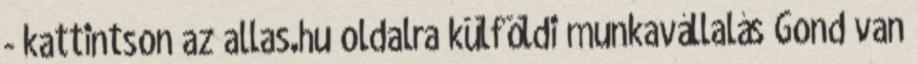
- kattintson az allas.hu oldalra külföldi munkavállalás Gond van